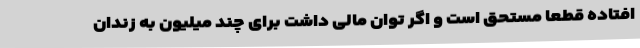
افتاده قطعا مستحق است و اگر توان مالی داشت برای چند میلیون به زندان